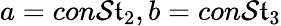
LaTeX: a=con\mathcal{S}\mathfrak{t}_{2},b=con\mathcal{S}\mathfrak{t}_{3}